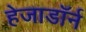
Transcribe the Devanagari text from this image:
हेजाडॉर्न